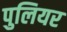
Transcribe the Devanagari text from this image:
पुलियर